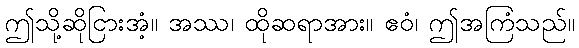
ဤသို့ဆိုငြားအံ့။ အဿ၊ ထိုဆရာအား။ ဧဝံ၊ ဤအကြံသည်။